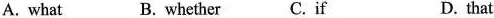
A. what B. whether C. if D. that